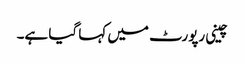
چینی رپورٹ میں کہا گیا ہے۔